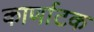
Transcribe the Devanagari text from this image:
कार्णाटक